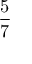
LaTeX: \frac { 5 } { 7 }